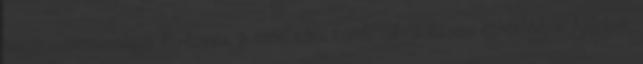
akció visszavonásig érvényes, a szállítási kondíciókról kérem érdeklődjön Ajánljuk